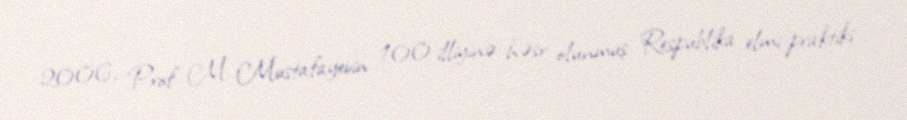
2006, Prof. M. Mustafayevin 100 illiyinə həsr olunmuş Respublika elmi-praktiki